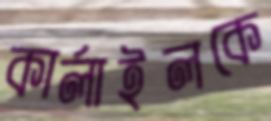
কার্লাইলকে